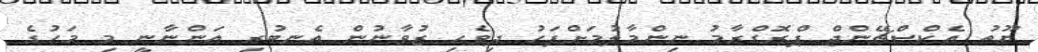
ޔޫތު އެކްސްޗޭންޖް ޕްރޮގްރާމު ނިންމާލުމަށްފަހު ދިވެހި ޒުވާނުން އެނބުރި އަންނާނީ މި މަހުގެ